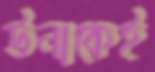
উনাকেই